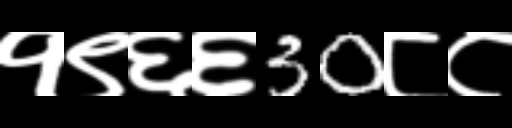
Text: १९६६30८८